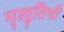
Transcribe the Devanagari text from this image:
मृत्युतिथी